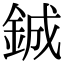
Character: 鋮